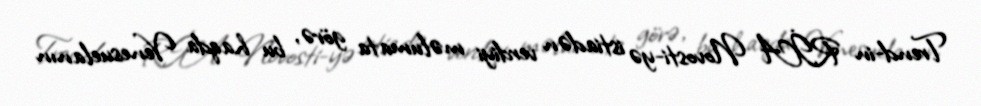
Trend-in RİA Novosti-yə istiadən verdiyi məlumata görə, bu haqda Venesuelanın